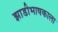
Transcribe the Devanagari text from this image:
झाडीभाषकाला